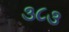
૩૮૩